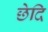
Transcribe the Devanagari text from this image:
छेदि